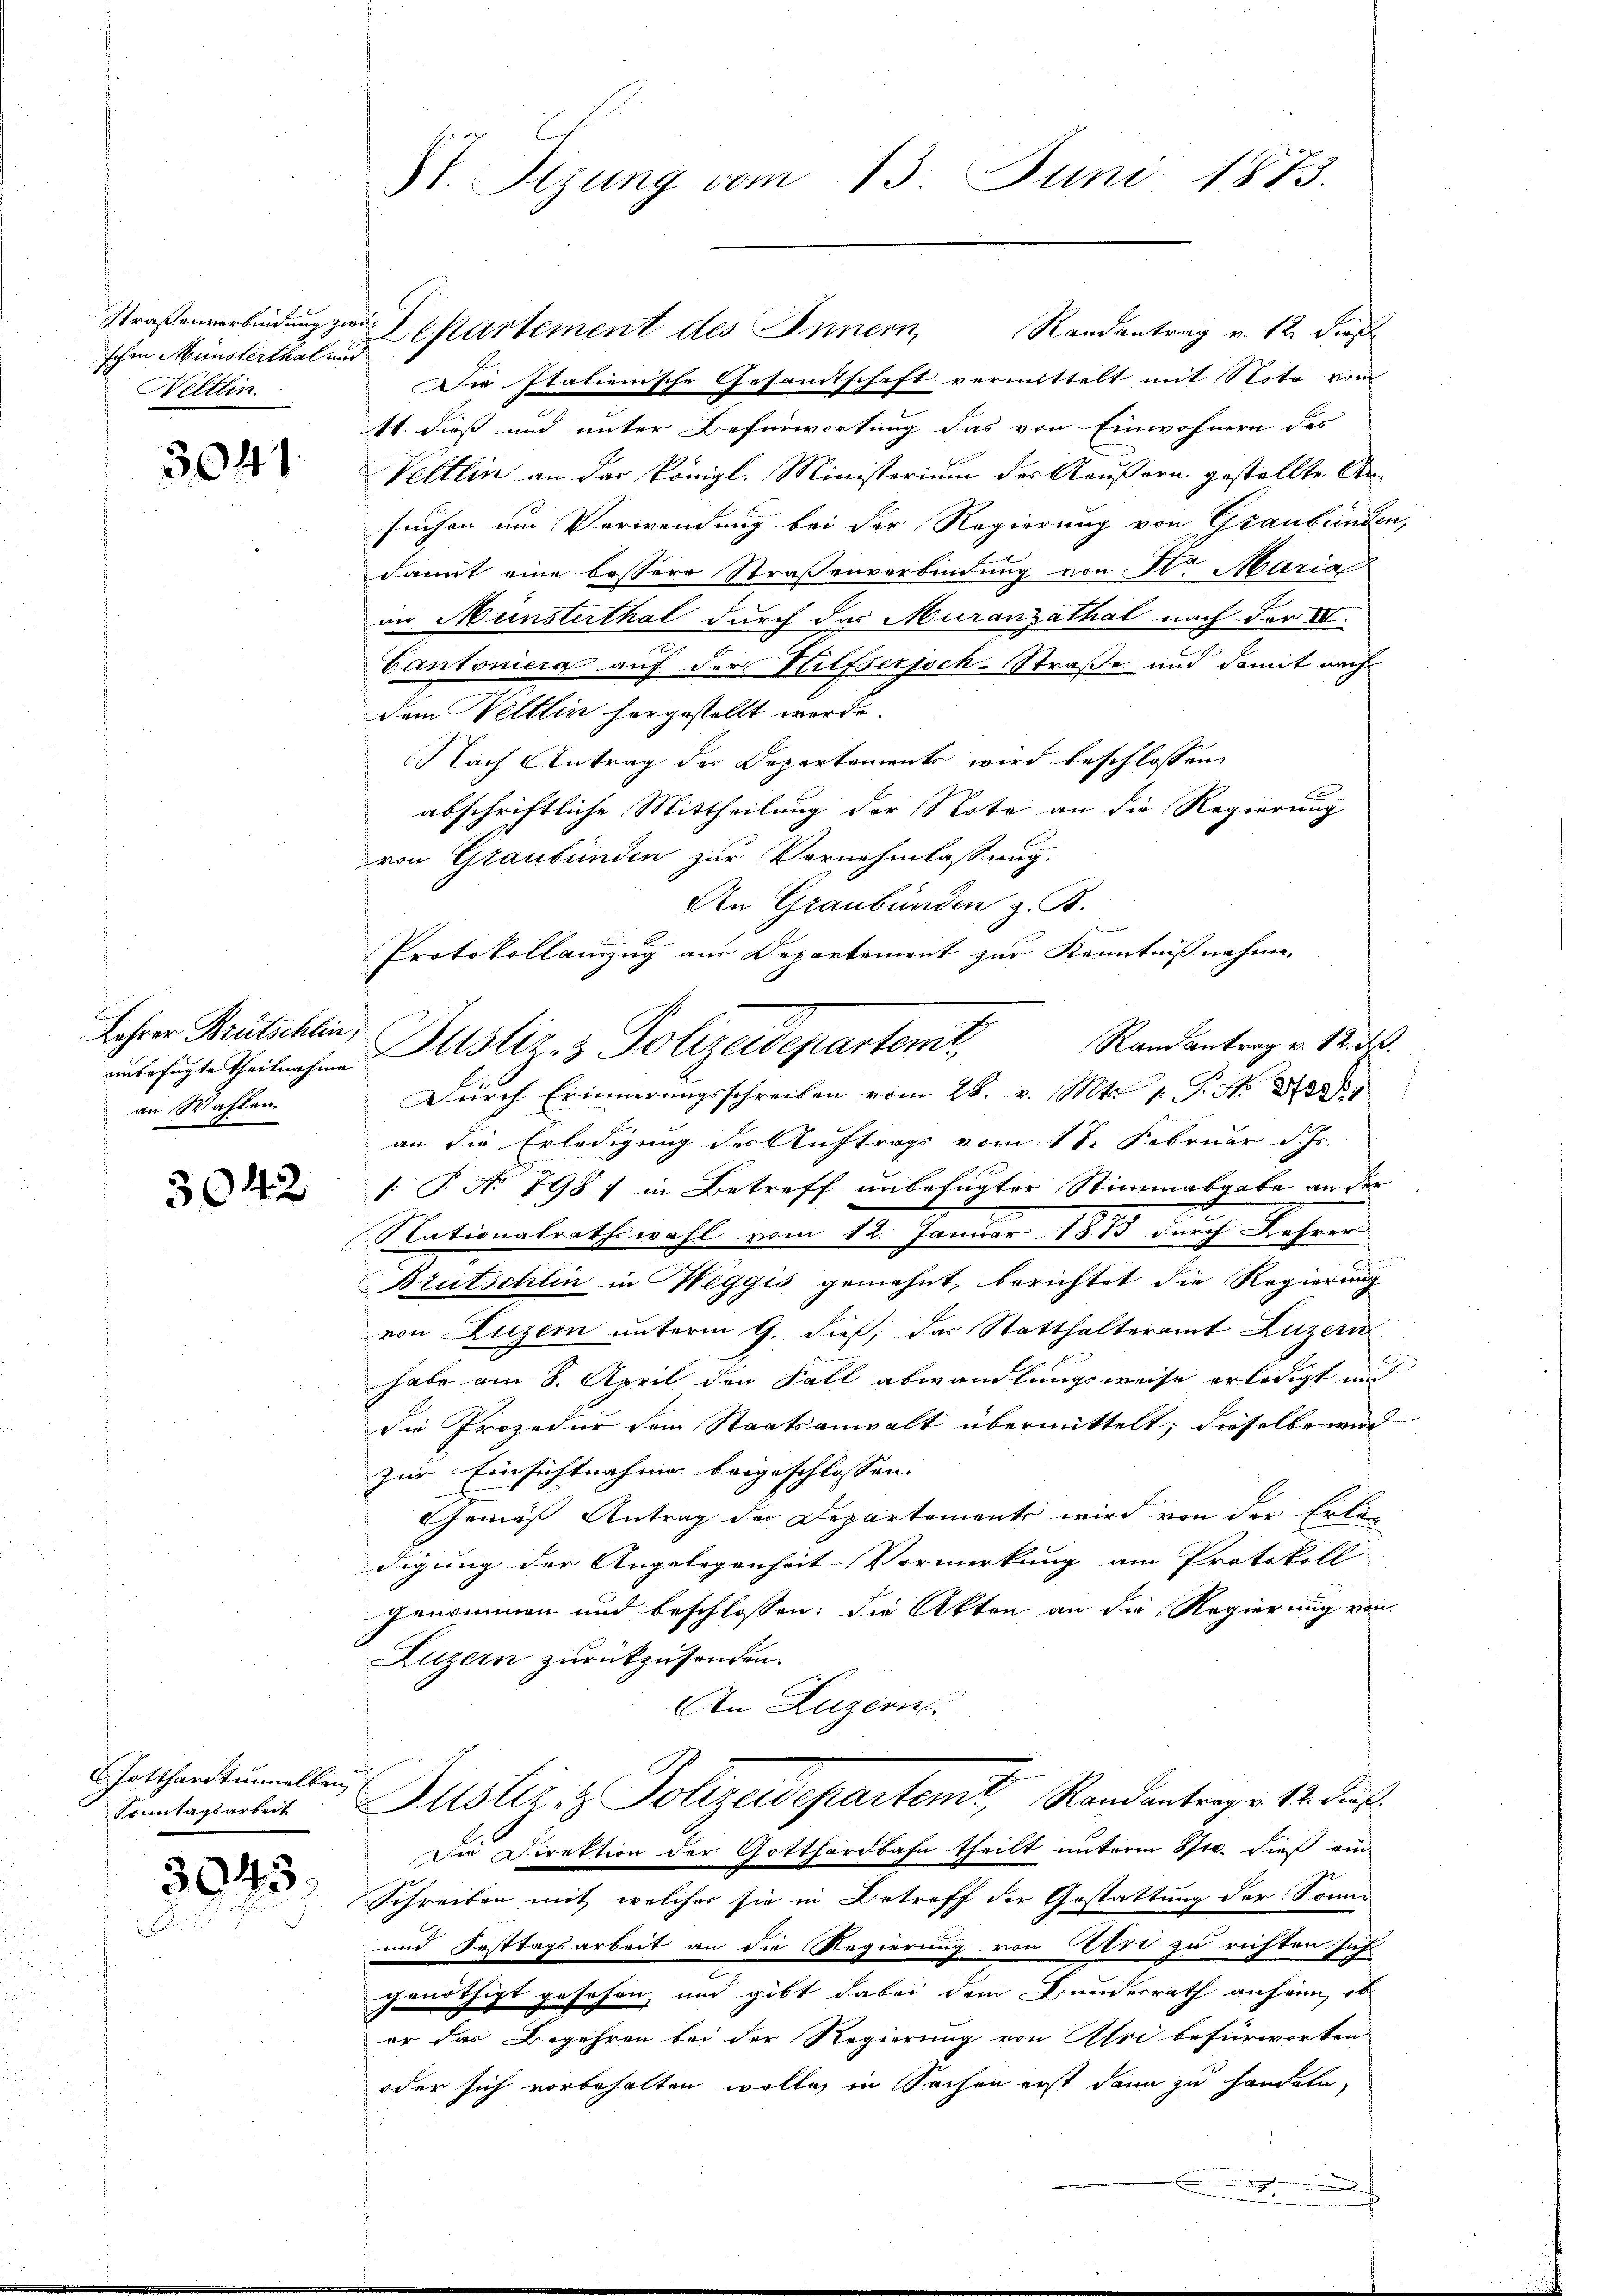
schen Münsterthal und
Neltlin

304

unterfügte Theilnahme
an Wahlen

3042

E. Hotthardtunnellen

3943.

S. Tizung vom 13. Juni 1873.

Straßenverbindung zur Departement des Innern, Randantrag v. 12. diese
Die Italienische Gesamtschaft vermittelt mit Noto vom
11. dieß und unter Befürwortung das von Einwohnern des
Veltlin an das königl. Ministerium der Aeußern gestellte Arsuchen um Verwendung bei der Regierung von Graubünden,
damit eine bessere Straßenverbindung von St. Maria
im Münsterthal durch das Muranzathal nach der VII.
Cantoniera auf der Hilfserjoch-Straße und damit nach
dem Veltlin horgestellt werde.
Nach Antrag der Departements wird beschlossen,
abschriftliche Mittheilung der Note an die Regierung
von Graubünden zur Vernehmlassung.
An Graubünden z. B.
.
Protokollauszug aus Departement zur Kenntnißnahme.
Randantrag v. 12. d.
Durch Erinnerungsschreiben vom 28. v. Mts. 1. P. Nr. 80
an die Erledigung des Auftrags vom 18. Februar d. Js.
/: T. No 898) in Betreff unbefugter Stimmabgabe an der
Nationalrathswahl vom 12. Januar 1875 durch Lehrer
e
Bei
Brutschlin in Weggis gemahnt, berichtet die Regierung
von Luzern unterm 9. dieß, das Statthalteramt Luzern
habe am 8. April den Fall abwandlungsweise erledigt und
die Prozedur dem Staatsanwalt übermittelt; dieselbe wird
zur Einsichtnahme beigeschlossen.
Gemäß Antrag der Departemente wird von der Erlan
digung der Angelegenheit Vormerkung am Protokoll
genommen und beschlossen: die Akten an die Regierung von
Luzern zurückzusenden.
An Luzern
Samtarbeit Justiz- & Polizeidepartemt, Randantrage 12. Dies
Die Direktion der Gotthardbahn theilt unterm Spt. dieß ein
Schreiben mit welcher sie in Betreff der Gestattung der Sonne
und Festtagsarbeit an die Regierung von Uri zu richten Jus
genöthigt gesehen, und gibt dabei dem Bunderrath anhön, ob
er das Begehren bei der Regierung von Uri befürworten
oder sich vorbehalten wolle, in Sachen erst dann zu handeln,
.
e

Lohren Brütschlin, Justiz- & Polizeidepartemt,